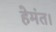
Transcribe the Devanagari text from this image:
हेमंत।